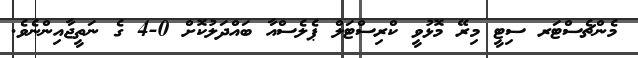
މެންޗެސްޓަރ ސިޓީ މިރޭ މޮޅުވީ ކްރިސްޓަލް ޕެލެސްއާ ބައްދަލުކޮށް 0-4 ގެ ނަތީޖާއިންނެވެ.